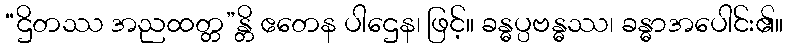
“ဌိတဿ အညထတ္တ”န္တိ ဧတေန ပါဌေန၊ ဖြင့်။ ခန္ဓပ္ပဗန္ဓဿ၊ ခန္ဓာအပေါင်း၏။